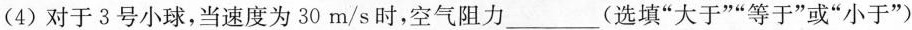
(4)对于3号小球，当速度为30m/s时，空气阻力6___(选填”大于””等于”或”小于”)